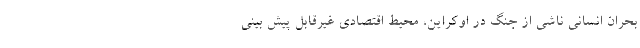
بحران انسانی ناشی از جنگ در اوکراین، محیط اقتصادی غیرقابل پیش بینی